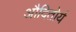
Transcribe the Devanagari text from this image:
औदितोर्य